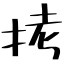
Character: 拷